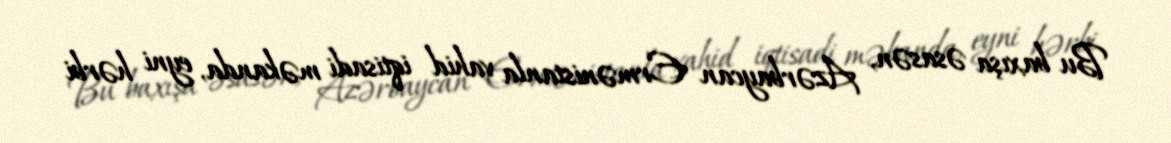
Bu baxışa əsasən, Azərbaycan Ermənistanla vahid iqtisadi məkanda, eyni hərbi